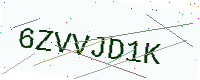
Text: 6ZVVJD1K